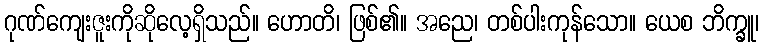
ဂုဏ်ကျေးဇူးကိုဆိုလေ့ရှိသည်။ ဟောတိ၊ ဖြစ်၏။ အညေ၊ တစ်ပါးကုန်သော။ ယေစ ဘိက္ခူ၊